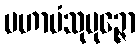
မဟာပံသုပုဉ္ဇော